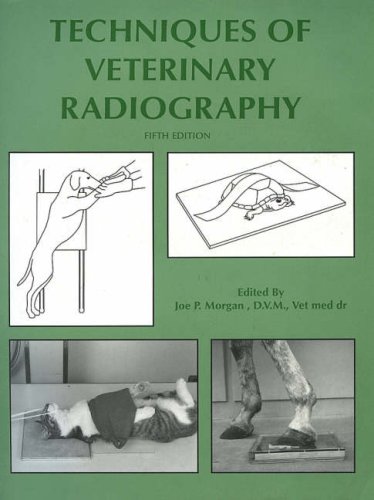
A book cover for Techniques of Veterinary Radiography; Medical Books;